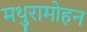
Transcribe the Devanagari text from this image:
मथुरामोहन